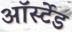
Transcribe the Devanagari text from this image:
ऑर्स्टेड